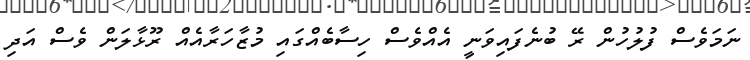
ނަމަވެސް ފުލުހުން ރޭ ބުނެފައިވަނީ އެއްވެސް ހިސާބެއްގައި މުޒާހަރާއެއް ރޫޅާލަން ވެސް އަދި